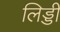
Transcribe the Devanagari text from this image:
लिड्डी